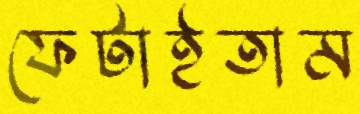
ফেটাইতাম